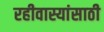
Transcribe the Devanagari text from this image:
रहीवास्यांसाठी